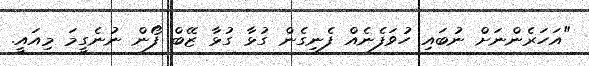
"އަހަރެންނަށް ނުބައި ހުވަފެނެއް ފެނިގެން ގުޅާ ގުޅާ ޒޭބް ފޯން ނުނެގީމަ މިއައީ.